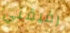
رفيقتي